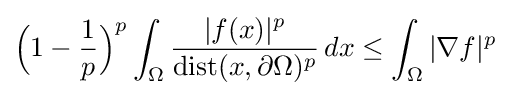
{\Big (}1-{\frac {1}{p}}{\Big )}^{p}\int _{\Omega }{\frac {\vert f(x)\vert ^{p}}{\operatorname {dist} (x,\partial \Omega )^{p}}}\,dx\leq \int _{\Omega }\vert \nabla f\vert ^{p}